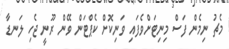
މެޗު ނިމެން ފަސް މިނިޓަށްވެފައި ވަނިކޮށް ކެޕްޓަން ވޭން ރޫނީ ޖެހި ލަނޑާ